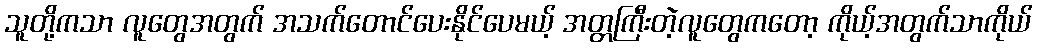
သူတို့ကသာ လူတွေအတွက် အသက်တောင်ပေးနိုင်ပေမယ့် အတ္တကြီးတဲ့လူတွေကတော့ ကိုယ့်အတွက်သာကိုယ်